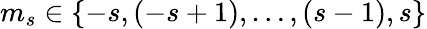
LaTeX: m_{s}\in\{ -s,(-s+1),\ldots,(s-1),s\}